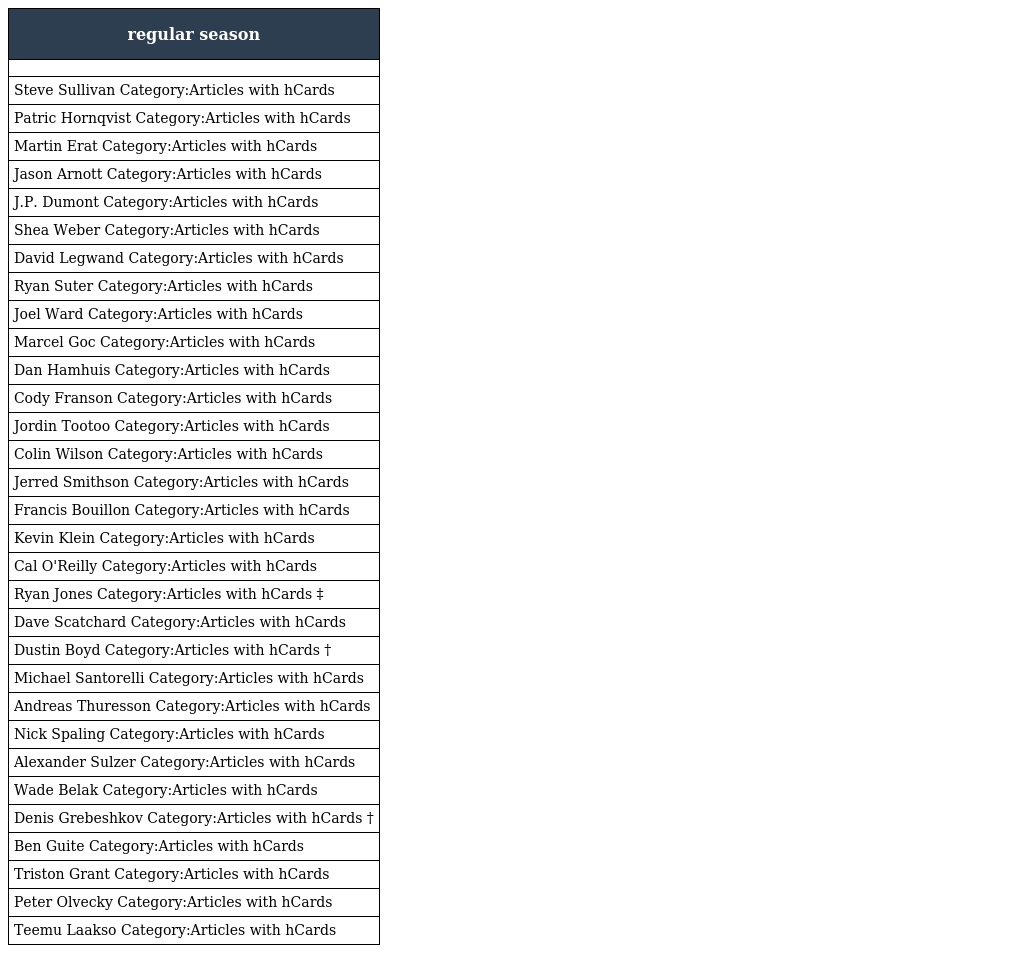
| regular season |
 | --- |
 |  |
 | Steve Sullivan Category:Articles with hCards |
 | Patric Hornqvist Category:Articles with hCards |
 | Martin Erat Category:Articles with hCards |
 | Jason Arnott Category:Articles with hCards |
 | J.P. Dumont Category:Articles with hCards |
 | Shea Weber Category:Articles with hCards |
 | David Legwand Category:Articles with hCards |
 | Ryan Suter Category:Articles with hCards |
 | Joel Ward Category:Articles with hCards |
 | Marcel Goc Category:Articles with hCards |
 | Dan Hamhuis Category:Articles with hCards |
 | Cody Franson Category:Articles with hCards |
 | Jordin Tootoo Category:Articles with hCards |
 | Colin Wilson Category:Articles with hCards |
 | Jerred Smithson Category:Articles with hCards |
 | Francis Bouillon Category:Articles with hCards |
 | Kevin Klein Category:Articles with hCards |
 | Cal O'Reilly Category:Articles with hCards |
 | Ryan Jones Category:Articles with hCards ‡ |
 | Dave Scatchard Category:Articles with hCards |
 | Dustin Boyd Category:Articles with hCards † |
 | Michael Santorelli Category:Articles with hCards |
 | Andreas Thuresson Category:Articles with hCards |
 | Nick Spaling Category:Articles with hCards |
 | Alexander Sulzer Category:Articles with hCards |
 | Wade Belak Category:Articles with hCards |
 | Denis Grebeshkov Category:Articles with hCards † |
 | Ben Guite Category:Articles with hCards |
 | Triston Grant Category:Articles with hCards |
 | Peter Olvecky Category:Articles with hCards |
 | Teemu Laakso Category:Articles with hCards |